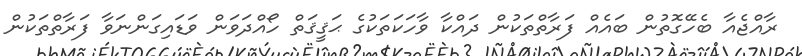
ރާއްޖެއާ ބެހޭގޮތުން ބައެއް ފަރާތްތަކުން ދައްކާ ވާހަކަތަކުގެ ޙަޤީޤަތް ހޯއްދަވަން ވަޑައިގަންނަވާ ފަރާތްތަކުން